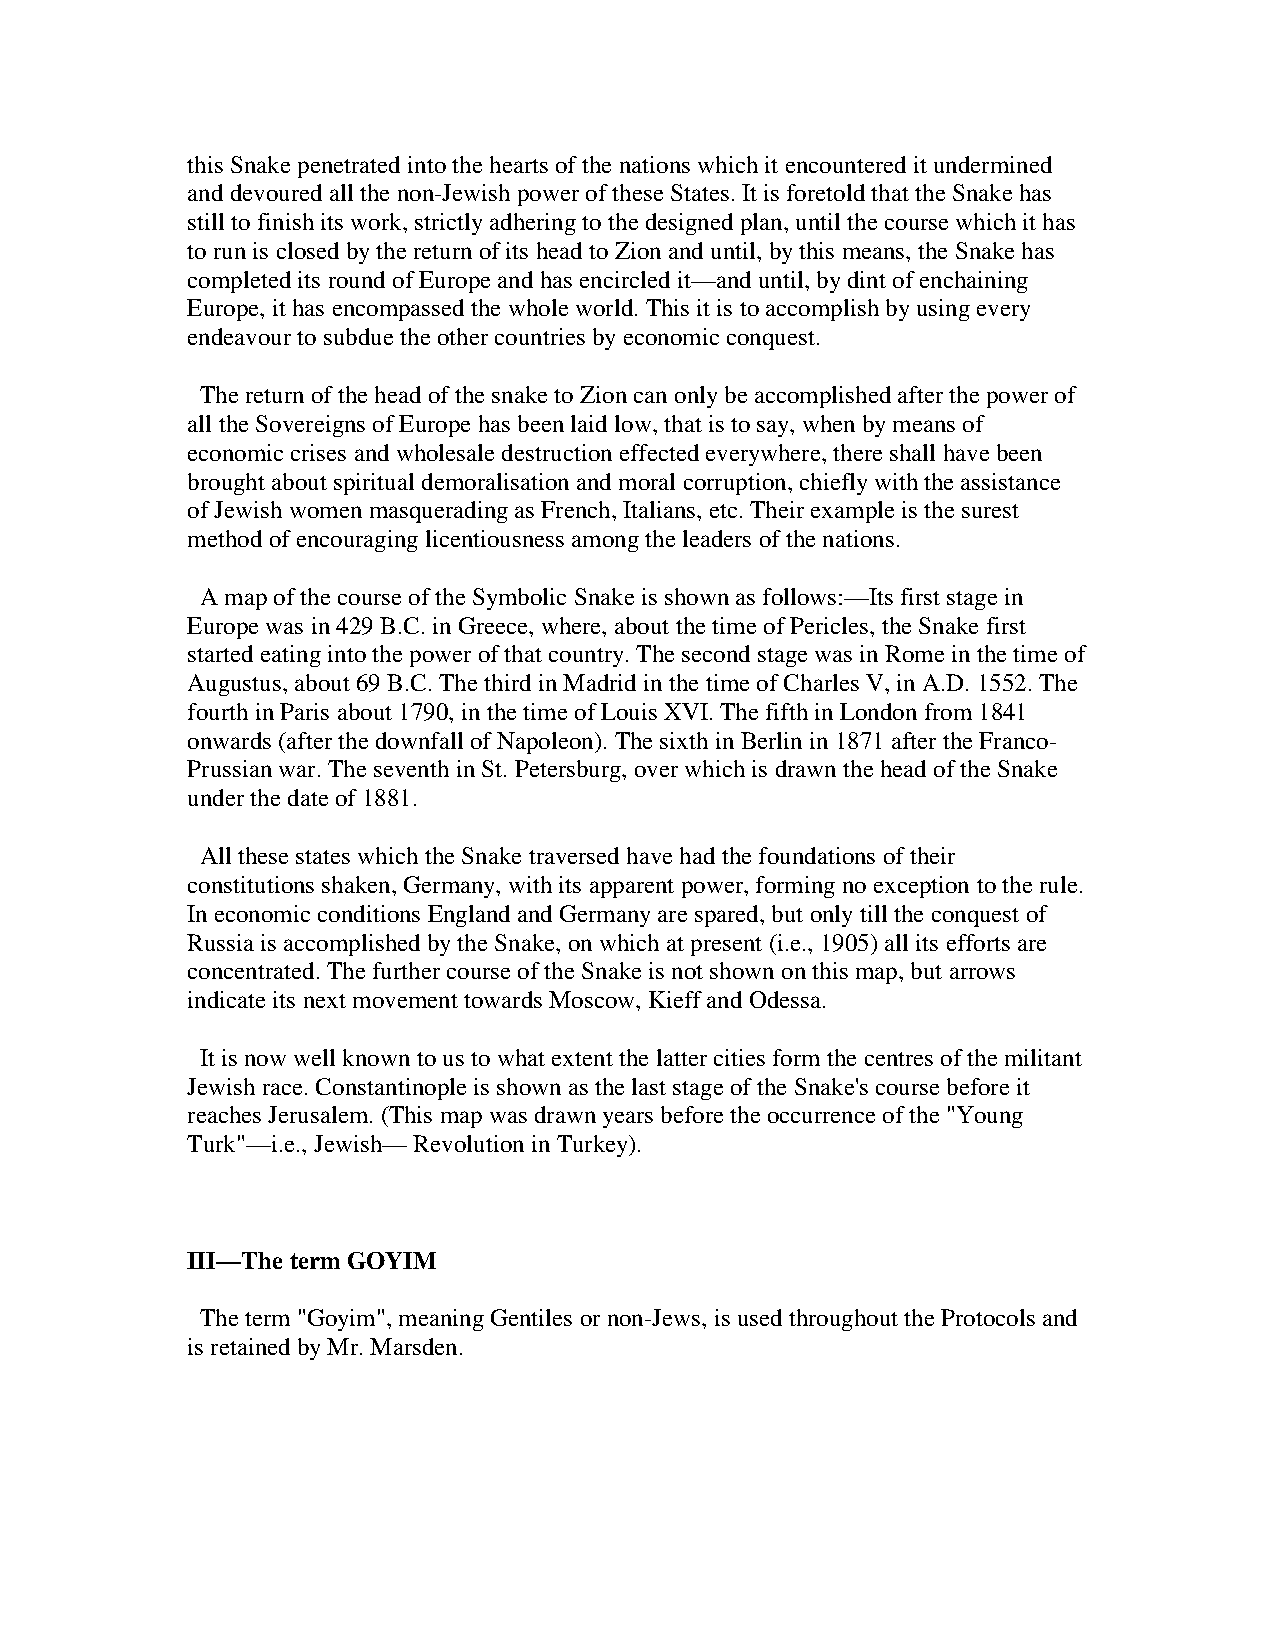
this Snake penetrated into the hearts of the nations which it encountered it undermined
 and devoured all the non-Jewish power of these States. It is foretold that the Snake has
 still to finish its work, strictly adhering to the designed plan, until the course which it has
 to run is closed by the return of its head to Zion and until, by this means, the Snake has
 completed its round of Europe and has encircled it—and until, by dint of enchaining
 Europe, it has encompassed the whole world. This it is to accomplish by using every
 endeavour to subdue the other countries by economic conquest.
 The return of the head of the snake to Zion can only be accomplished after the power of
 all the Sovereigns of Europe has been laid low, that is to say, when by means of
 economic crises and wholesale destruction effected everywhere, there shall have been
 brought about spiritual demoralisation and moral corruption, chiefly with the assistance
 of Jewish women masquerading as French, Italians, etc. Their example is the surest
 method of encouraging licentiousness among the leaders of the nations.
 A map of the course of the Symbolic Snake is shown as follows:—Its first stage in
 Europe was in 429 B.C. in Greece, where, about the time of Pericles, the Snake first
 started eating into the power of that country. The second stage was in Rome in the time of
 Augustus, about 69 B.C. The third in Madrid in the time of Charles V, in A.D. 1552. The
 fourth in Paris about 1790, in the time of Louis XVI. The fifth in London from 1841
 onwards (after the downfall of Napoleon). The sixth in Berlin in 1871 after the Franco-
 Prussian war. The seventh in St. Petersburg, over which is drawn the head of the Snake
 under the date of 1881.
 All these states which the Snake traversed have had the foundations of their
 constitutions shaken, Germany, with its apparent power, forming no exception to the rule.
 In economic conditions England and Germany are spared, but only till the conquest of
 Russia is accomplished by the Snake, on which at present (i.e., 1905) all its efforts are
 concentrated. The further course of the Snake is not shown on this map, but arrows
 indicate its next movement towards Moscow, Kieff and Odessa.
 It is now well known to us to what extent the latter cities form the centres of the militant
 Jewish race. Constantinople is shown as the last stage of the Snake's course before it
 reaches Jerusalem. (This map was drawn years before the occurrence of the "Young
 Turk"—i.e., Jewish— Revolution in Turkey).
 III—The term GOYIM
 The term "Goyim", meaning Gentiles or non-Jews, is used throughout the Protocols and
 is retained by Mr. Marsden.